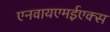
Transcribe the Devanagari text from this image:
एनवायएमईएक्स